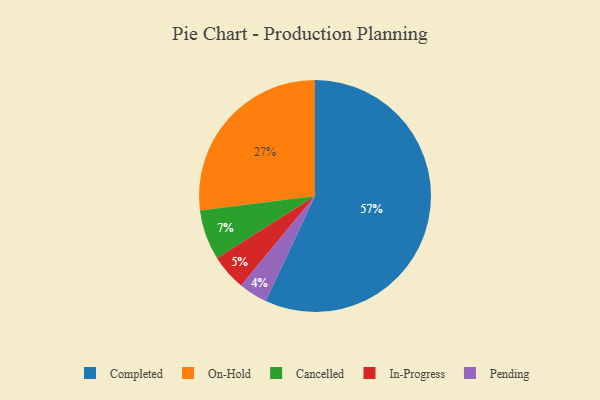
{"axis": {"x": "Category", "y": "Percentage"}, "legend": ["Cancelled", "Completed", "In-Progress", "On-Hold", "Pending"], "data": [{"x": "Pending", "y": 4, "type": "Pending"}, {"x": "In-Progress", "y": 5, "type": "In-Progress"}, {"x": "On-Hold", "y": 27, "type": "On-Hold"}, {"x": "Cancelled", "y": 7, "type": "Cancelled"}, {"x": "Completed", "y": 57, "type": "Completed"}]}